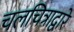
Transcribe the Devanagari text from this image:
चलचित्राद्वारे